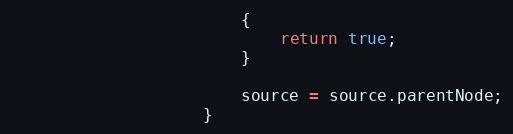
Language: JavaScript
						{
							return true;
						}

						source = source.parentNode;
					}